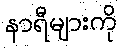
နာရီများကို